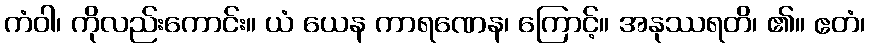
ကံဝါ၊ ကိုလည်းကောင်း။ ယံ ယေန ကာရဏေန၊ ကြောင့်။ အနုဿရတိ၊ ၏။ ဧတံ၊